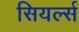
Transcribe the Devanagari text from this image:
सियर्ल्स